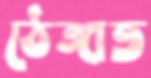
ঠেঙ্গাত